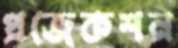
প্রজেকশন